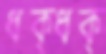
ধক্‌ধক্‌